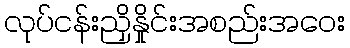
လုပ်ငန်းညှိနှိုင်းအစည်းအဝေး